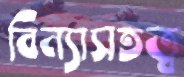
বিন্যাসতত্ত্ব